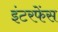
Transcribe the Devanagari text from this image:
इंटरफेंस